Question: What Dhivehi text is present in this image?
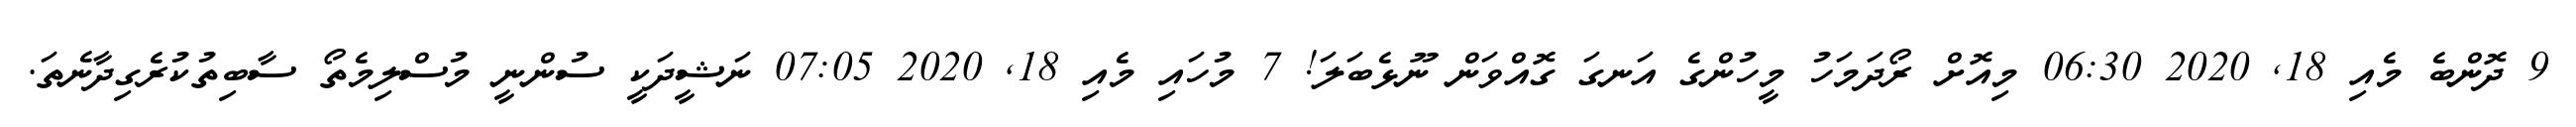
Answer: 9 ދޮންބެ މެއި 18, 2020 06:30 މިއޮށް ރޯދަމަހު މީހުންގެ އަނގަ ގޮއްވަން ނޫޅެބަލަ! 7 މުހައި މެއި 18, 2020 07:05 ނަޝީދަކީ ސުންނީ މުސްލިމެތޯ ސާބިތުކުރެގިދާނެތަ.